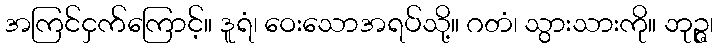
အကြင်ငှက်ကြောင့်။ ဒူရံ၊ ဝေးသောအရပ်သို့။ ဂတံ၊ သွားသားကို။ ဘုဉ္ဇ၊